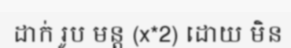
ដាក់ រូប មន្ត (x*2) ដោយ មិន